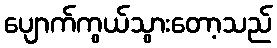
ပျောက်ကွယ်သွားတော့သည်